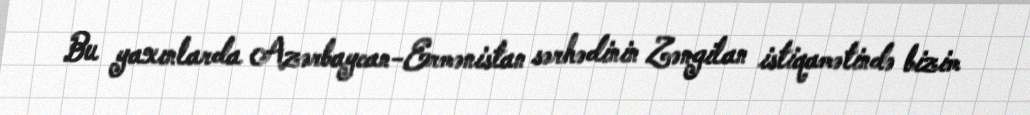
Bu yaxınlarda Azərbaycan-Ermənistan sərhədinin Zəngilan istiqamətində bizim